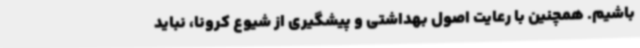
باشیم. همچنین با رعایت اصول بهداشتی و پیشگیری از شیوع کرونا، نباید